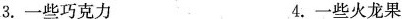
3.一些巧克力 4.一些火龙果